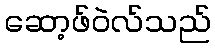
ဆော့ဖ်ဝဲလ်သည်